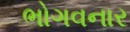
ભોગવનાર